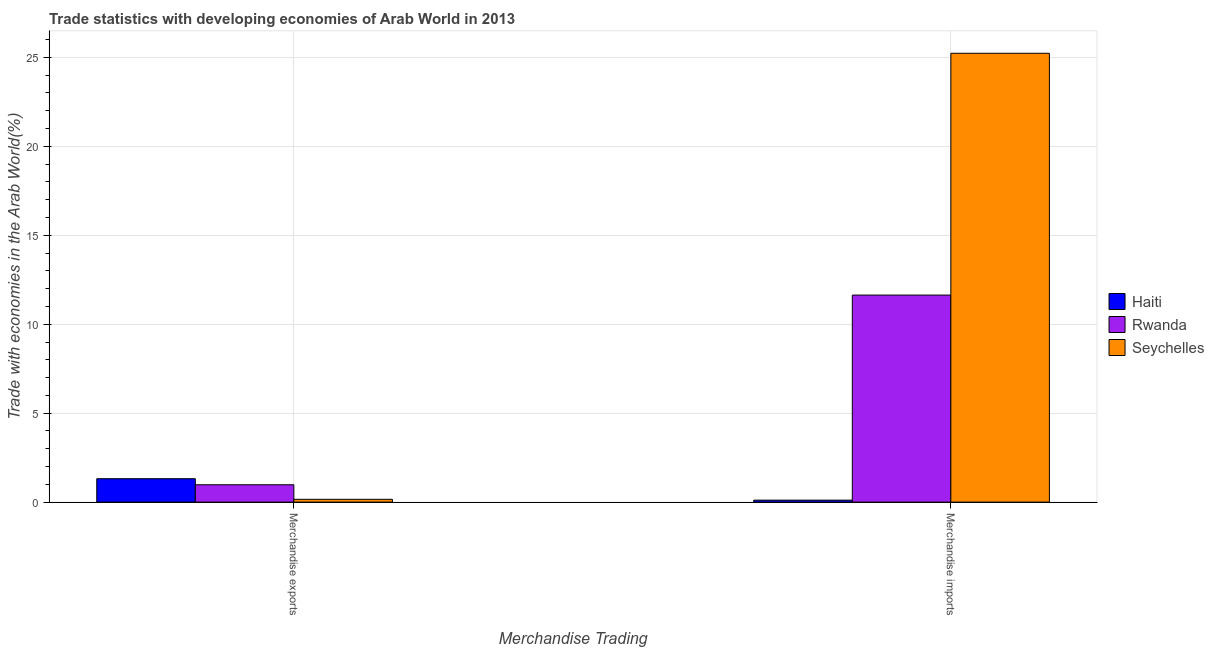
| Merchandise Trading | Haiti | Rwanda | Seychelles |
 | --- | --- | --- | --- |
 | Merchandise exports | 1.32 | 0.976 | 0.158 |
 | Merchandise imports | 0.111 | 11.6 | 25.2 |